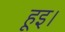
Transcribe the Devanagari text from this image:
हूइ।